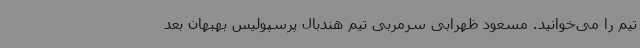
تیم را می‌خوانید. مسعود ظهرابی سرمربی تیم هندبال پرسپولیس بهبهان بعد